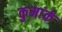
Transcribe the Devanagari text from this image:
कुमांर्क